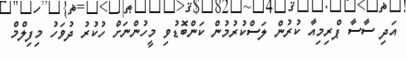
އަދި ސާސާ ޕްރިމިއާ ކުރުން ލަސްކުރުމުން ކަންބޮޑުވި މީހުންނަށް ހުކުރު ދުވަހު މިފިލްމް